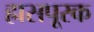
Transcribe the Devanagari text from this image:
ह्रासपूरक